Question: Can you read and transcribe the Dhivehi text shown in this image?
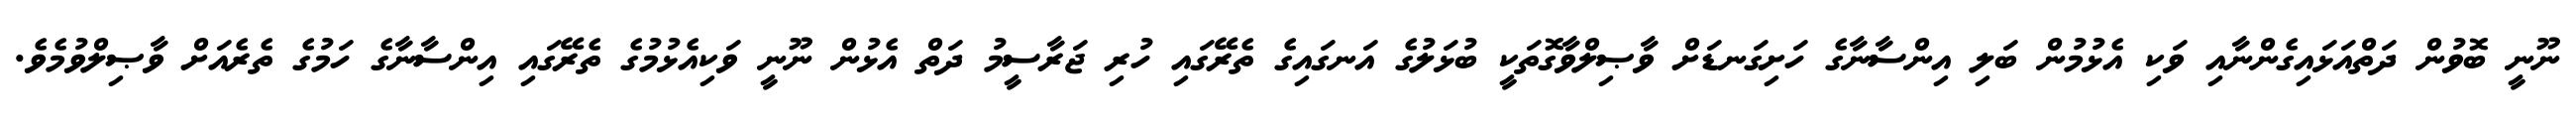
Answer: ނޫނީ ބޮވުން ދަތްއަޅައިގެންނާއި ވަކި އެޅުމުން ބަލި އިންސާނާގެ ހަށިގަނޑަށް ވާޞިލްވާގޮތަކީ ބުޅަލުގެ އަނގައިގެ ތެރޭގައި ހުރި ޖަރާސީމު ދަތް އެޅުން ނޫނީ ވަކިއެޅުމުގެ ތެރޭގައި އިންސާނާގެ ހަމުގެ ތެރެއަށް ވާޞިލްވުމެވެ.